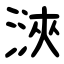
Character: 㴺